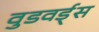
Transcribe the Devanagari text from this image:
वुडवर्ड्स